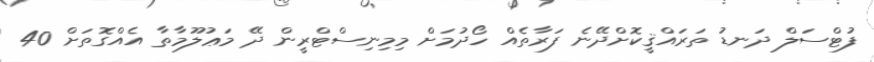
ފުޓްސަލް ދަނޑު ތަރައްޤީކޮށްދޭނެ ފަރާތެއް ހޯދުމަށް މިމިނިސްޓްރީން ދޭ މަޢުލޫމާތާ އެއްގޮތަށް 40